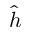
\hat { h }